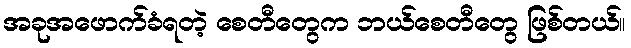
အခုအဖောက်ခံရတဲ့ စေတီတွေက ဘယ်စေတီတွေ ဖြစ်တယ်။